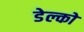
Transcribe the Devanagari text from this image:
डेल्को